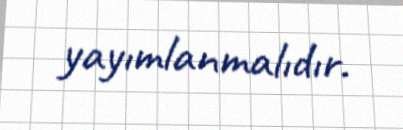
yayımlanmalıdır.